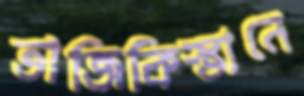
তাজিকিস্তানে